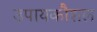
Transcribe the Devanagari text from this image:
उपायकौशल